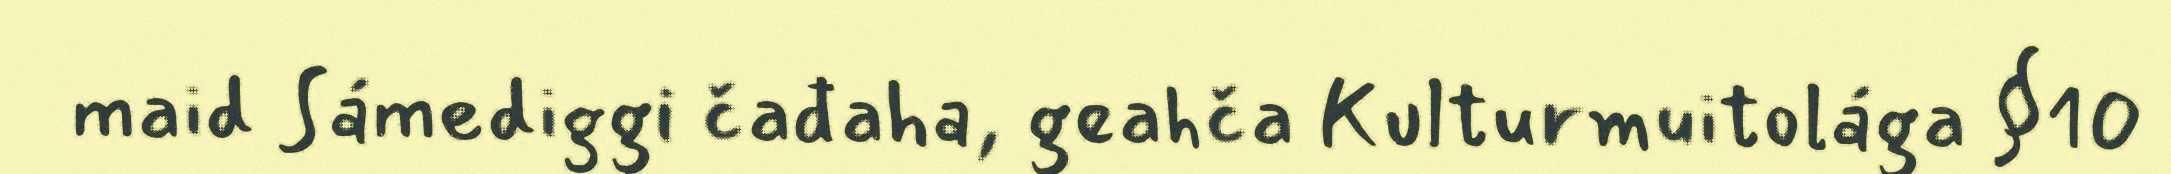
maid Sámediggi čađaha, geahča Kulturmuitolága §10